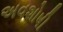
અવશોષી